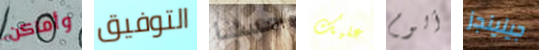
وأماكن التوفيق حسنا عليك ألوم جينينجز